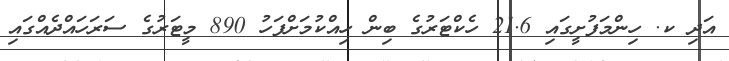
އަދި ކ. ހިންމަފުށީގައި 21.6 ހެކްޓަރުގެ ބިން ހިއްކުމަށްފަހު 890 މީޓަރުގެ ސަރަހައްދެއްގައި